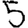
Digit: 5